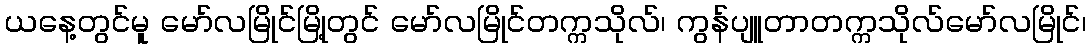
ယနေ့တွင်မူ မော်လမြိုင်မြို့တွင် မော်လမြိုင်တက္ကသိုလ်၊ ကွန်ပျူတာတက္ကသိုလ်မော်လမြိုင်၊